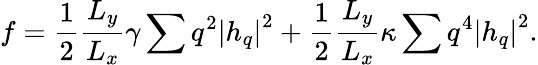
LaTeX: f=\frac{1}{2}\frac{{{L}_{y}}}{{{L}_{x}}}\gamma\sum{{{q}^{2}}{{\left|h_{q}\right|}^{2}}}+\frac{1}{2}\frac{{{L}_{y}}}{{{L}_{x}}}\kappa\sum{{{q}^{4}}{{\left|h_{q}\right|}^{2}}}.